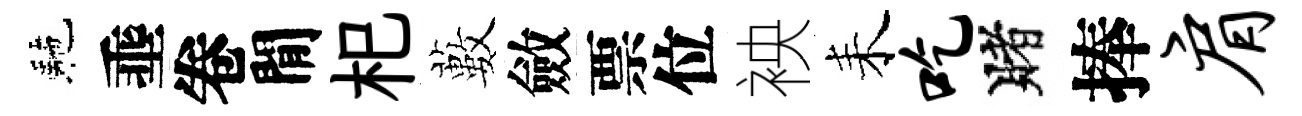
駰埀卷閒𣏌藪斂票位䘧耒吃賭捧肩